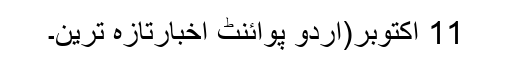
11 اکتوبر(اُردو پوائنٹ اخبارتازہ ترین۔